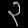
Digit: ၃